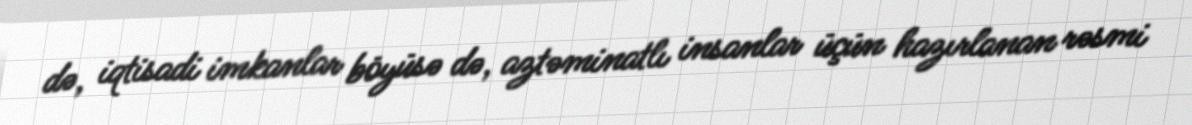
də, iqtisadi imkanlar böyüsə də, aztəminatlı insanlar üçün hazırlanan rəsmi